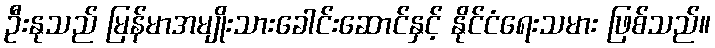
ဦးနုသည် မြန်မာအမျိုးသားခေါင်းဆောင်နှင့် နိုင်ငံရေးသမား ဖြစ်သည်။